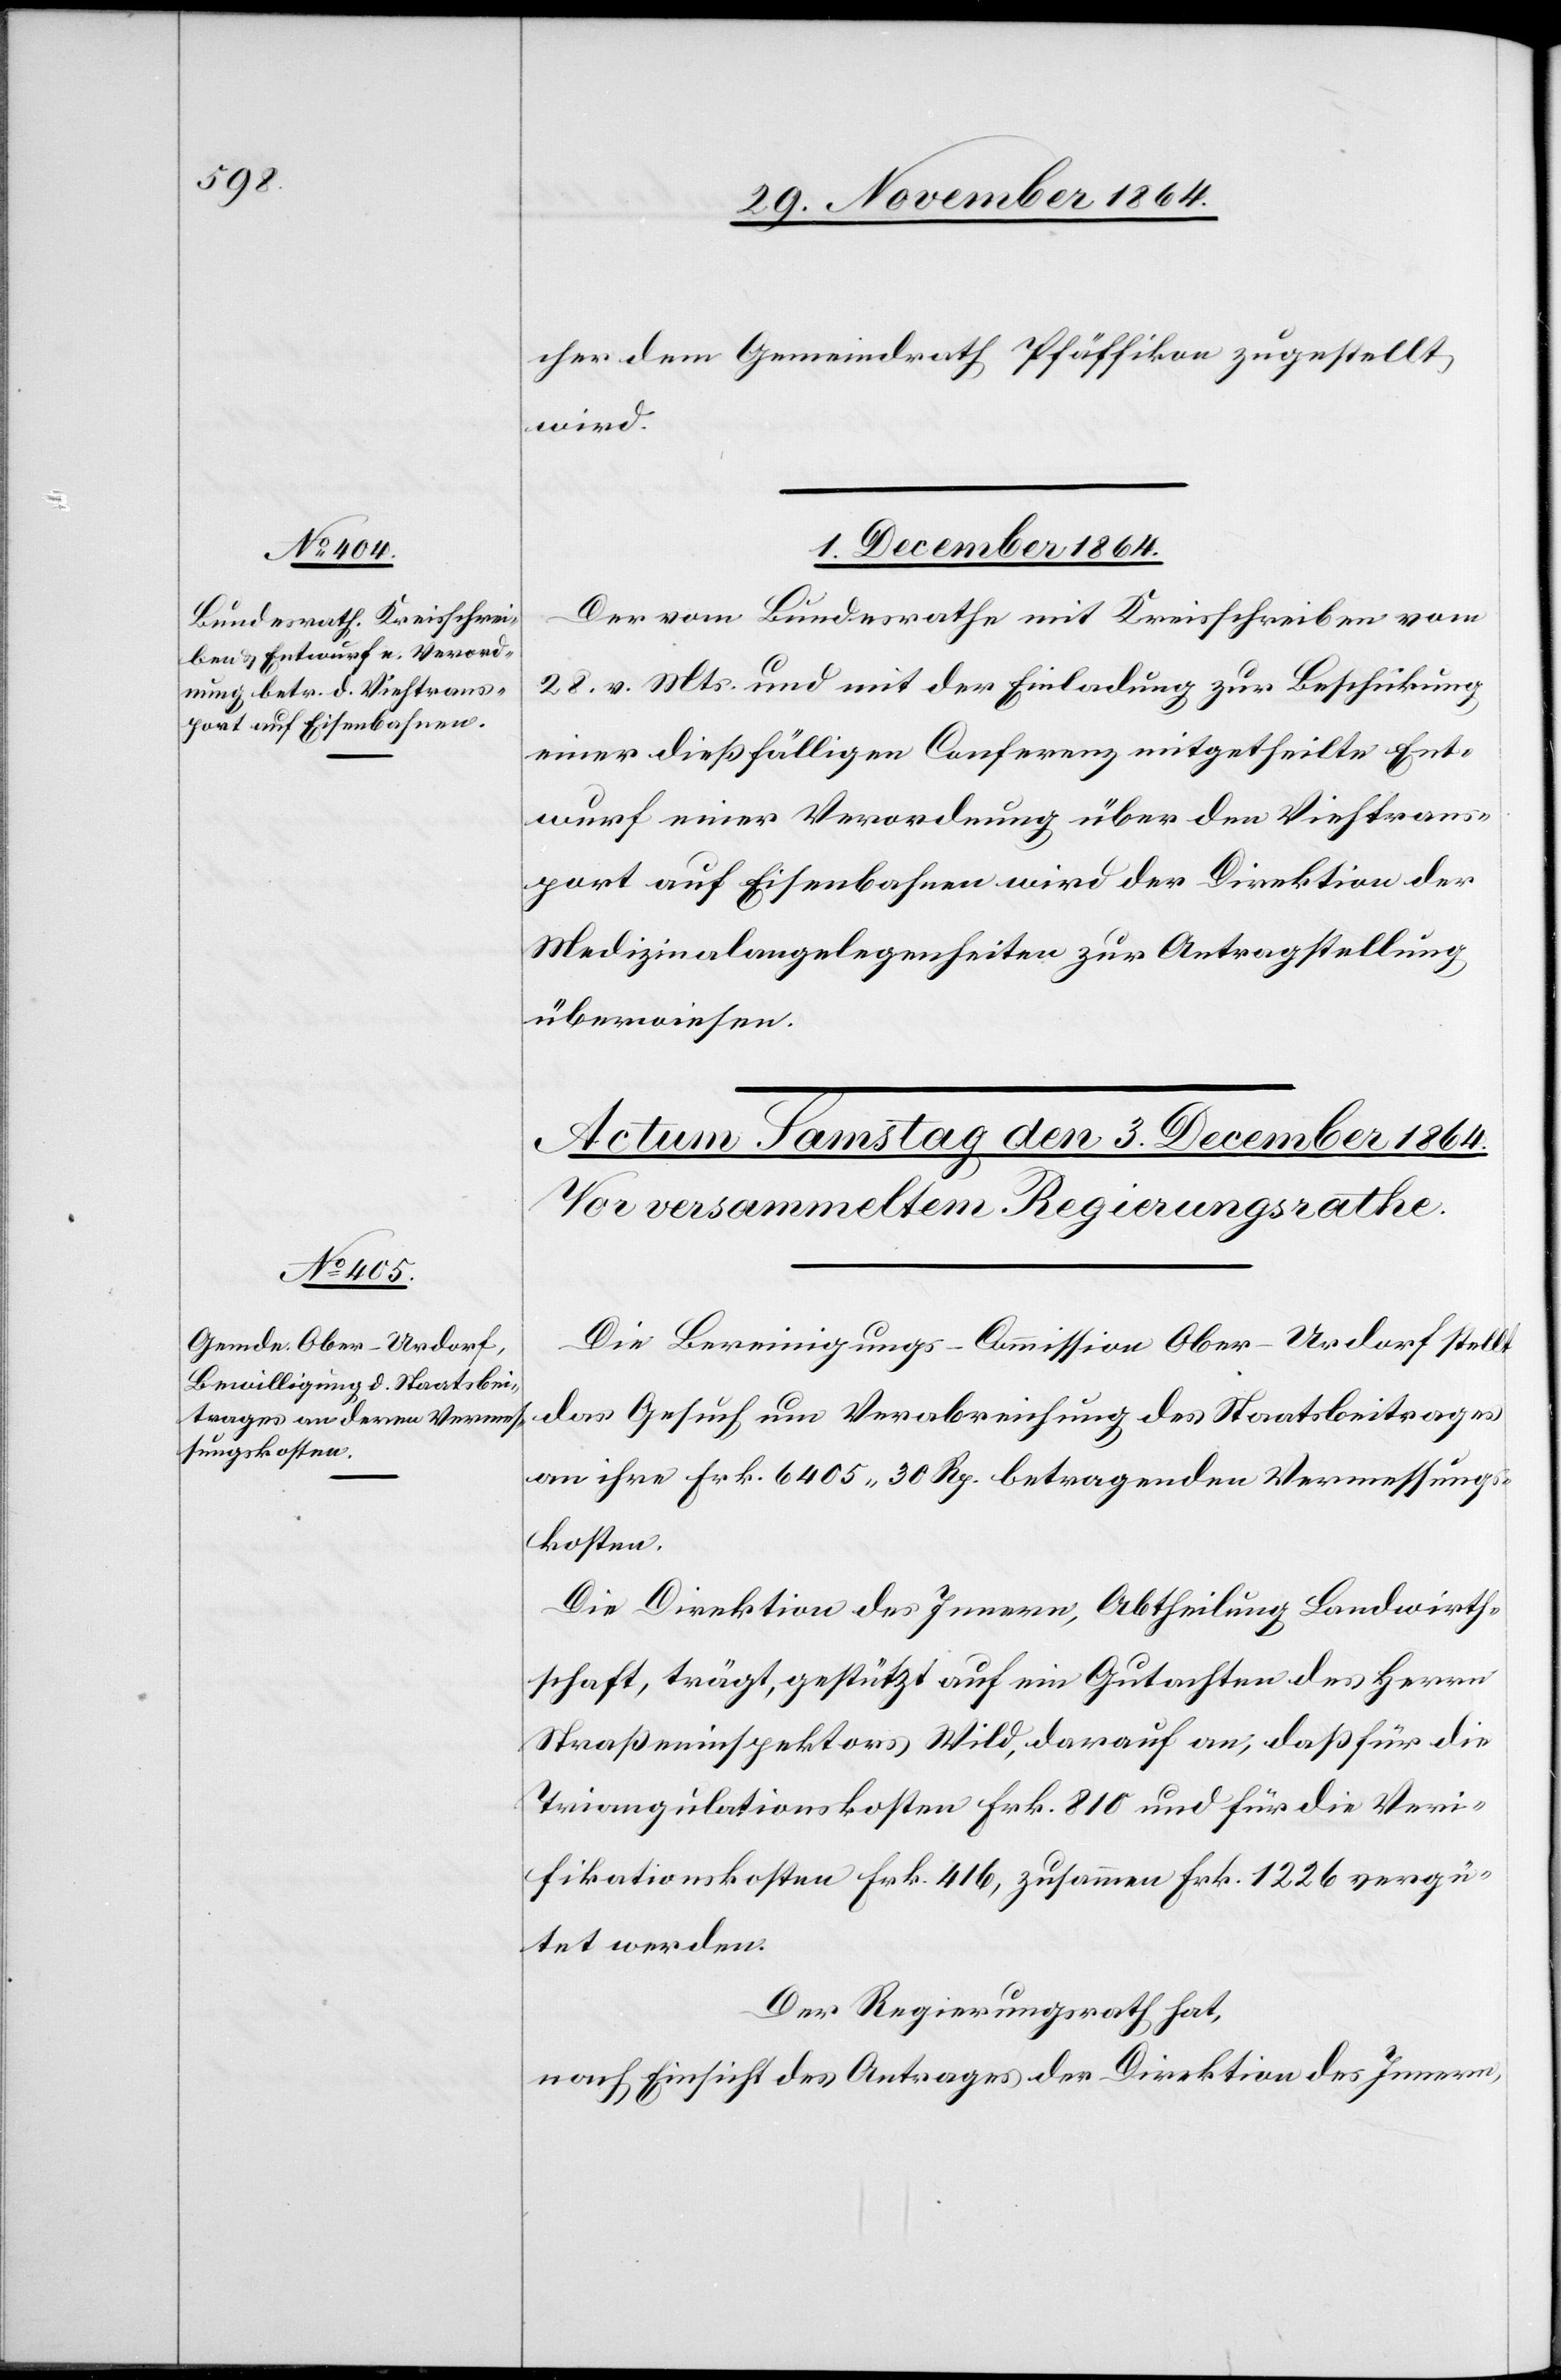
cher dem Gemeindrath Pfäffikon zugestellt
wird.
1. December 1864.
Der vom Bundesrathe mit Kreisschreiben vom
28. v. Mts. mit der Einladung zur Beschickung
einer dießfälligen Conferenz mitgetheilte Ent¬
wurf einer Verordnung über den Viehtrans¬
port auf Eisenbahnen wird der Direktion der
Medizinalangelegenheiten zur Antragstellung
überwiesen.
Die Bereinigungs-Commission Ober-Urdorf stellt
das Gesuch um Verabreichung des Staatsbeitrages
an ihre Frk. 6 405.30 Rp. betragenden Vermessungs¬
kosten.
Die Direktion des Innern, Abtheilung Landwirth¬
schaft, trägt, gestützt auf ein Gutachten des Herrn
Straßeninspektors Wild, darauf an, daß für die
Triangulationskosten Frk. 810 und für die Veri¬
fikationskosten Frk. 416, zusammen Frk. 1 226 vergü¬
tet werden.
Der Regierungsrath hat,
nach Einsicht des Antrages der Direktion des Innern,